Report on vaccination in Madras 1922-1929 - 1922-1929
Year: 1922
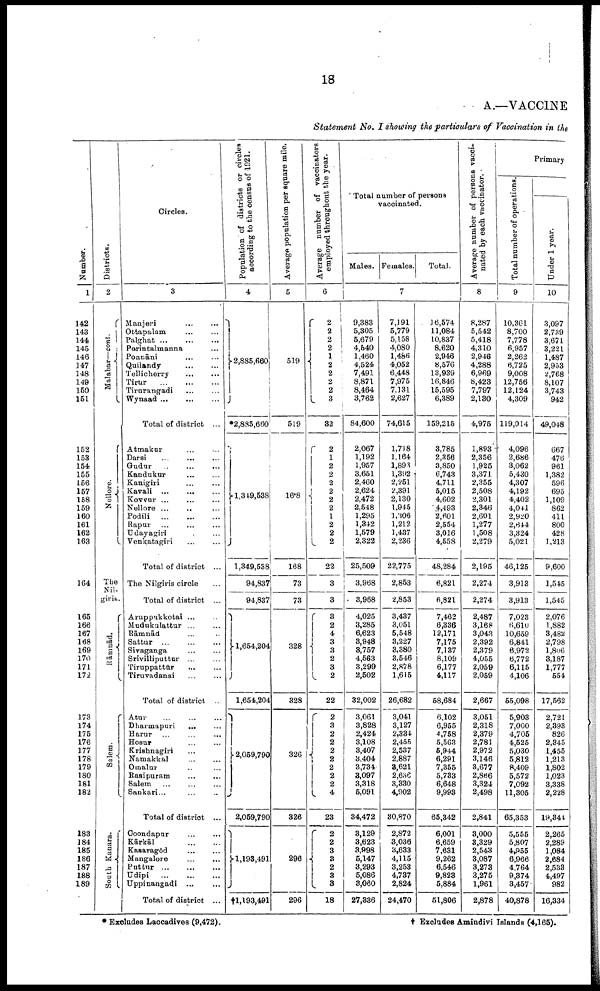
18
A.—VACCINE
Statement No. I showing the particulars of Vaccination in the
Number.
1
142
143
141
145
146
147
148
149
150
151
152
153
154
155
156
157
158
159
160
161
162
163
164
165
166
167
168
169
170
171
172
173
174
175
176
177
178
179
180
181
182
183
184
185
186
187
188
189
Districts.
2
Malabar—cont.
Nellore.
The
Nil-
giris.
Rāmnād.
Salem.
South Kanara.
Circles.
3
Manjeri
...
...
Ottapalam ... ... ...
Palghat
...
...
...
Perintalmanna ...
Ponnāni ... ...
Quilandy ... ...
Tellicherry
...
...
Tirur
...
...
...
Tirurangadi ... ...
Wynaad
...
...
...
Total of district ...
Atmakur ... ...
Darsi
...
...
...
Gudur
...
...
...
Kandukur
...
...
Kanigiri
...
...
Kavali
...
...
...
Kovvur
...
...
...
Nellore ... ... ...
Podili
...
...
...
Rapur
...
...
...
Udayagiri ... ...
Venkatagiri
...
...
Total of district ...
The Nilgiris circle ...
Total of district ...
Aruppukkotai ... ...
Mudukulattur ... ...
Rāmuād ... ...
Sattur
...
...
...
Sivaganga
...
...
Srivilliputtur ... ...
Tiruppattūr ... ...
Tiruvadanai ... ...
Total of district ...
Atur ... ... ...
Dharmapuri ... ...
Harur ... ... ...
Hosur
...
...
Krishnagiri ...
Namakkal
...
...
Omalur ... ...
Rasipuram
...
...
Salem
...
...
...
Sankari ... ... ...
Total of district ...
Coondapur
...
...
Kārkāl
...
...
Kasaragōd
...
...
Mangalore
...
...
Puttur
...
...
...
Udipi
...
...
...
Uppinangadi ... ...
Total of district ...
Population of districts or circles
according to the census of 1921.
4
2,885,660
*2,885,660
1,349,538
1,349,538
94,837
94,837
1,654,204
1,654,204
2,059,790
2,059,790
1,193,491
†1,193,491
Average population per square mile.
5
519
519
16·8
168
73
73
328
328
326
326
296
296
Average number of vaccinators
employed throughout the year.
6
2
2
2
2
1
2
2
2
2
3
32
2
1
2
2
2
2
2
2
1
2
2
2
22
3
3
3
2
4
3 3
2
3
2
22
2
3
2
2
2
2
2
2
2
4
23
2
2
3
3
2
3
3
18
Total number of persons
vaccinated.
Males. Females.
Total.
7
9,383
5,305
5,679
4,540
1,460
4,524
7,491
8,871
8,464
3,762
84,600
2,067
1,192
1,957
3,651
2,460
2,624
2,472
2,548
1,295
1,342
1,579
2,322
25,509
3,968
3,968
4,025
3,285
6,623
3,948
3,757
4,563
3,299
2,502
32,002
3,061
3,828
2,424
3,108
3,407
3,404
3,734
3,097
3,318
5,091
34,472
3,129
3,623
3,998
5,147
3,293
5,086
3,060
27,336
7,191
5,779
5,158
4,080
1,486
4,052
6,448
7,975
7,131
2,627
74,615
1,718
1,164
1,893
1,892
2,251
2,391
2,130
1,945
1,306
1,212
1,437
2,236
22,775
2,853
2,853
3,437
3,051
5,548
3,227
3,380
3,546
2,878
1,615
26,682
3,041
3,127
2,334
2,455
2,537
2,887
3,621
2,636
3,330
4,902
30,870
2,872
3,036
3,633
4,115
3,253
4,737
2,824
24,470
16,574
11,084
10,837
8,620
2,946
8,576
13,939
16,846
15,595
6,389
159,215
3,785
2,356
3,850
6,743
4,711
5,015
4,602
4,493
2,601
2,554
3,016
4,558
48,284
6,821
6,821
7,462
6,336
12,171
7,175
7,137
8,109
6,177
4,117
58,684
6,102
6,955
4,758
5,563
5,944
6,291
7,355
5,733
6,648
9,993
65,342
6,001
6,659
7,631
9,262
6,546
9,828
5,884
51,806
Average number of persons vacci-
nated by each vaccinator.
8
8,287
5,542
5,418
4,310
2,946
4,288
6,969
8,423
7,797
2,130
4,975
1,893
2,356
1,925
3,371
2,355
2,508
2,301
2,346
2,601
1,277
1,508
2,279
2,195
2,274
2,274
2,487
3,168
3,043
2,392
2,379
4,055
2,059
2,059
2,667
3,051
2,318
2,379
2,781
2,972
3,146
3,677
2,866
3,324
2,498
2,841
3,000
3,329
2,543
3,087
3,273
3,275
1,961
2,878
Primary
Total number of operations.
9
10,361
8,700
7,778
6,957
2,262
6,725
9,008
12,756
12,124
4,309
119,014
4,096
2,686
3,062
5,430
4,307
4,192
4,402
4,041
2,920
2,644
3,324
5,021
46,125
3,913
3,913
7,023
6,610
10,659
6,841
6,972
6,772
6,115
4,106
55,098
5,903
7,000
4,705
4,525
5,030
5,812
8,409
5,572
7,092
11,305
65,353
5,555
5,807
4,955
6,966
4,764
9,374
3,457
40,878
Under 1 year.
10
3,097
2,739
3,671
3,221
1,487
2,953
2,768
8,107
3,743
942
49,048
667
476
961
1,382
596
695
1,109
862
411
800
428
1,213
9,600
1,545
1,545
2,076
1,882
3,482
2,798
l,806
3,187
1,777
554
17,562
2,721
2,393
826
2,345
1,455
1,213
1,802
1,023
3,338
2,228
19,344
2,265
2,289
1,084
2,684
2,533
4,497
982
16,334
* Excludes Laccadives (9,472).
† Excludes Amindivi Islands (4,165).